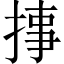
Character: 𱠉